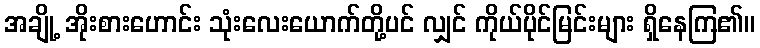
အချို့ အိုးစားဟောင်း သုံးလေးယောက်တို့ပင် လျှင် ကိုယ်ပိုင်မြင်းများ ရှိနေကြ၏။